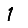
Digit: 1